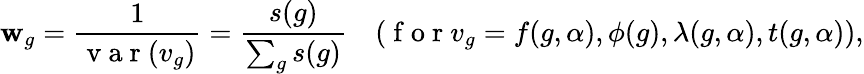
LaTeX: \mathbf{w}_{g}=\frac{{1}}{{\mathrm{{~v~a~r~}}(v_{g})}}=\frac{{s(g)}}{{\sum_{g}s(g)}}\quad(\mathrm{{~f~o~r~}}v_{g}=f(g,\alpha),\phi(g),\lambda(g,\alpha),t(g,\alpha)),